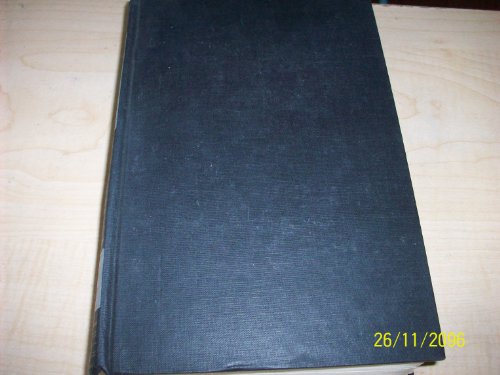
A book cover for Seven Plays: Mrs. Warren's Profession / Arms and the Man / Candida / The Devil's Disciple / Caesar and Cleopatra / Man and Superman / Saint Joan; Bernard Shaw; Health, Fitness & Dieting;